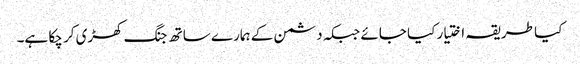
کیا طریقہ اختیار کیا جائے جبکہ دشمن کے ہمارے ساتھ جنگ کھڑی کر چکا ہے۔